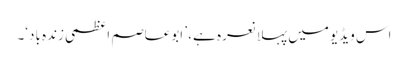
اس ویڈیو میں پہلا نعرہ ہے، ’ ابوعاصم اعظمی زندہ باد‘۔